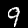
Digit: 9